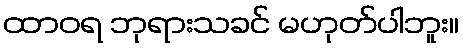
ထာဝရ ဘုရားသခင် မဟုတ်ပါဘူး။